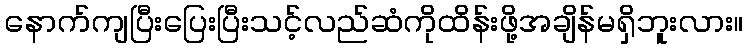
နောက်ကျပြီးပြေးပြီးသင့်လည်ဆံကိုထိန်းဖို့အချိန်မရှိဘူးလား။